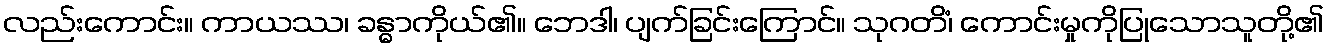
လည်းကောင်း။ ကာယဿ၊ ခန္ဓာကိုယ်၏။ ဘေဒါ၊ ပျက်ခြင်းကြောင်။ သုဂတိံ၊ ကောင်းမှုကိုပြုသောသူတို့၏